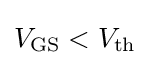
V_{\text{GS}}<V_{\text{th}}